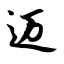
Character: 迈